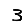
Digit: 3